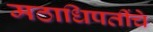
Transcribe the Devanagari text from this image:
मठाधिपतींचे